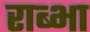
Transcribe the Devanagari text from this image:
राब्भा